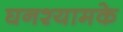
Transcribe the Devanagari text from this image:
घनश्यामके